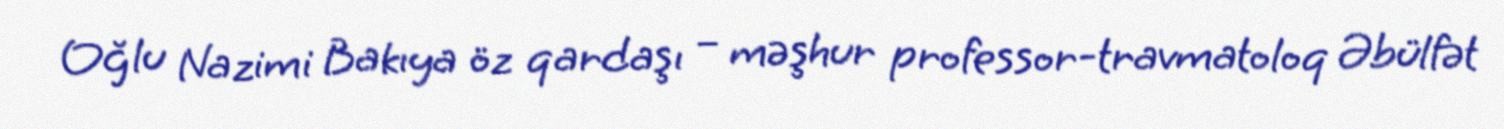
Oğlu Nazimi Bakıya öz qardaşı – məşhur professor-travmatoloq Əbülfət